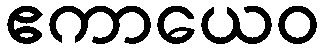
ဧကာယေဝ